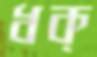
ধক্